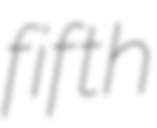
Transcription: fifth